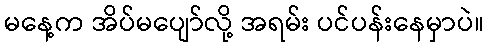
မနေ့က အိပ်မပျော်လို့ အရမ်း ပင်ပန်းနေမှာပဲ။